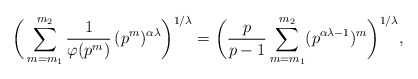
\begin{align*} \bigg(\sum_{m=m_1}^{m_2} \frac{1}{\varphi(p^m)} \, (p^m)^{\alpha\lambda} \bigg)^{1/\lambda}&= \bigg(\frac{p}{p-1}\sum_{m=m_1}^{m_2} (p^{\alpha\lambda-1})^m \bigg)^{1/\lambda},\end{align*}